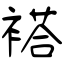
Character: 褡